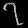
Digit: ၇